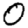
Digit: 0